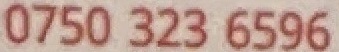
0750 323 6596